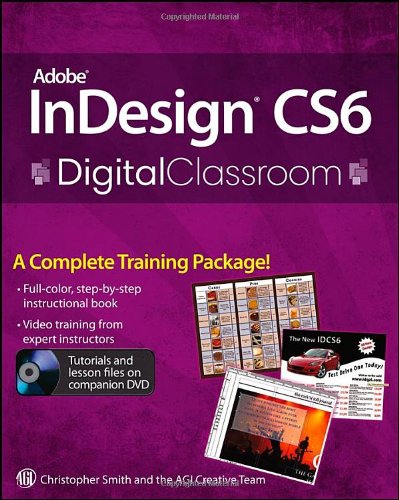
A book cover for Adobe InDesign CS6 Digital Classroom; Christopher Smith; Arts & Photography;